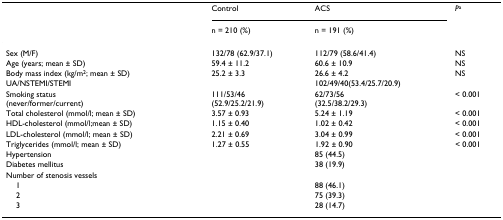
|  | Control | ACS | Pa |
 |  | n = 210 (%) | n = 191 (%) |  |
 | --- | --- | --- | --- |
 | Sex (M/F) | 132/78 (62.9/37.1) | 112/79 (58.6/41.4) | NS |
 | Age (years; mean ± SD) | 59.4 ± 11.2 | 60.6 ± 10.9 | NS |
 | Body mass index (kg/m2; mean ± SD) | 25.2 ± 3.3 | 26.6 ± 4.2 | NS |
 | UA/NSTEMI/STEMI |  | 102/49/40(53.4/25.7/20.9) |  |
 | Smoking status (never/former/current) | 111/53/46 (52.9/25.2/21.9) | 62/73/56 (32.5/38.2/29.3) | < 0.001 |
 | Total cholesterol (mmol/l; mean ± SD) | 3.57 ± 0.93 | 5.24 ± 1.19 | < 0.001 |
 | HDL-cholesterol (mmol/l;mean ± SD) | 1.15 ± 0.40 | 1.02 ± 0.42 | < 0.001 |
 | LDL-cholesterol (mmol/l; mean ± SD) | 2.21 ± 0.69 | 3.04 ± 0.99 | < 0.001 |
 | Triglycerides (mmol/l; mean ± SD) | 1.27 ± 0.55 | 1.92 ± 0.90 | < 0.001 |
 | Hypertension |  | 85 (44.5) |  |
 | Diabetes mellitus |  | 38 (19.9) |  |
 | Number of stenosis vessels |  |  |  |
 | 1 |  | 88 (46.1) |  |
 | 2 |  | 75 (39.3) |  |
 | 3 |  | 28 (14.7) |  |